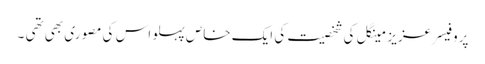
پروفیسر عزیز مینگل کی شخصیت کی ایک خاص پہلو اس کی مصوری بھی تھی ۔